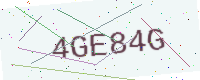
Text: 4GE84G